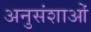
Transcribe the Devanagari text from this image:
अनुसंशाओं